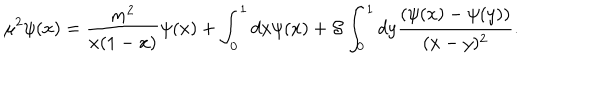
\mu ^ { 2 } \psi ( x ) = \frac { m ^ { 2 } } { x ( 1 - x ) } \psi ( x ) + \int _ { 0 } ^ { 1 } d x \psi ( x ) + { \cal S } \int _ { 0 } ^ { 1 } d y \frac { ( \psi ( x ) - \psi ( y ) ) } { ( x - y ) ^ { 2 } } .